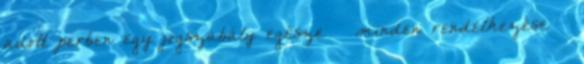
adott perben egy jogszabály egésze – minden rendelkezése –